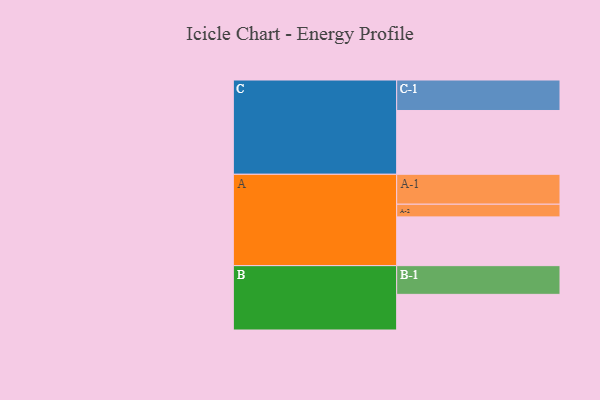
{"axis": {"x": "Segment", "y": "Value"}, "legend": ["", "A", "B", "C"], "data": [{"x": "A", "y": 435, "type": ""}, {"x": "B", "y": 318, "type": ""}, {"x": "C", "y": 569, "type": ""}, {"x": "A-1", "y": 267, "type": "A"}, {"x": "A-2", "y": 113, "type": "A"}, {"x": "B-1", "y": 256, "type": "B"}, {"x": "C-1", "y": 272, "type": "C"}]}